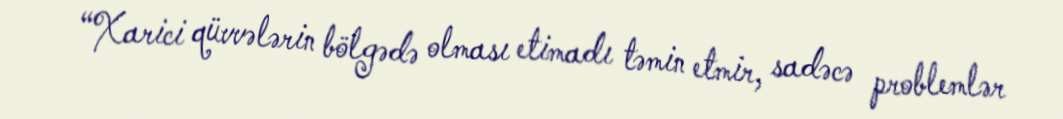
“Xarici qüvvələrin bölgədə olması etimadı təmin etmir, sadəcə problemlər